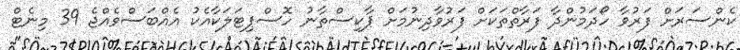
ކެންސަރަށް ފަރުވާ ހޯދަމުންދާ ފަރާތްތަކަށް ފަރުވާދިނުމަށް ޕާކިސްތާނު ހޮސްޕިޓަލަކާއެކު އެއްބަސްވެއްޖެ 39 މިނެޓް